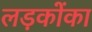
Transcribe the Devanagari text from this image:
लड़कोंका